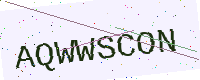
Text: AQWWSCON